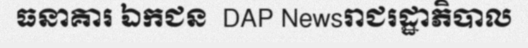
ធនាគារ ឯកជន  DAP Newsរាជរដ្ឋាភិបាល